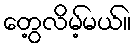
တွေ့လိမ့်မယ်။